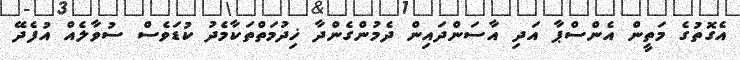
އެގޮތުގެ މަތީން އެންސްޕާ އަދި އާސަންދައިން ދެމުންގެންދާ ޚިދުމަތްތަކާމެދު ކުޑަވެސް ސުވާލެއް އުފެދޭ